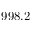
9 9 8 . 2